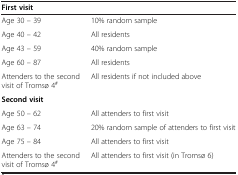
<table><thead><tr><td colspan="2"><b>First visit</b></td></tr></thead><tbody><tr><td>Age 30 – 39</td><td>10% random sample</td></tr><tr><td>Age 40 – 42</td><td>All residents</td></tr><tr><td>Age 43 – 59</td><td>40% random sample</td></tr><tr><td>Age 60 – 87</td><td>All residents</td></tr><tr><td>Attenders to the second visit of Tromsø 4<sup>#</sup></td><td>All residents if not included above</td></tr><tr><td colspan="2"><b>Second visit</b></td></tr><tr><td>Age 50 – 62</td><td>All attenders to first visit</td></tr><tr><td>Age 63 – 74</td><td>20% random sample of attenders to first visit</td></tr><tr><td>Age 75 – 84</td><td>All attenders to first visit</td></tr><tr><td>Attenders to the second visit of Tromsø 4<sup>#</sup></td><td>All attenders to first visit (in Tromsø 6)</td></tr></tbody></table>